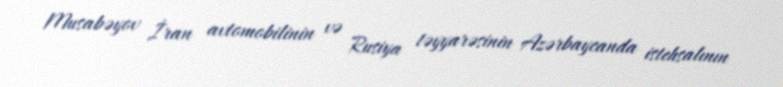
Musabəyov İran avtomobilinin və Rusiya təyyarəsinin Azərbaycanda istehsalının